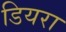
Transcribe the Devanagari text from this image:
डियरा